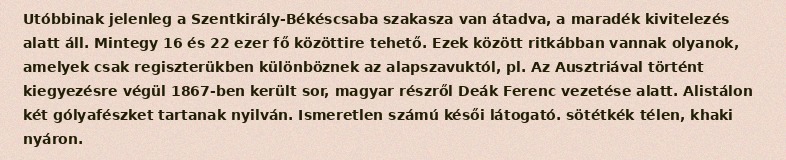
Utóbbinak jelenleg a Szentkirály-Békéscsaba szakasza van átadva, a maradék kivitelezés alatt áll. Mintegy 16 és 22 ezer fő közöttire tehető. Ezek között ritkábban vannak olyanok, amelyek csak regiszterükben különböznek az alapszavuktól, pl. Az Ausztriával történt kiegyezésre végül 1867-ben került sor, magyar részről Deák Ferenc vezetése alatt. Alistálon két gólyafészket tartanak nyilván. Ismeretlen számú késői látogató. sötétkék télen, khaki nyáron.